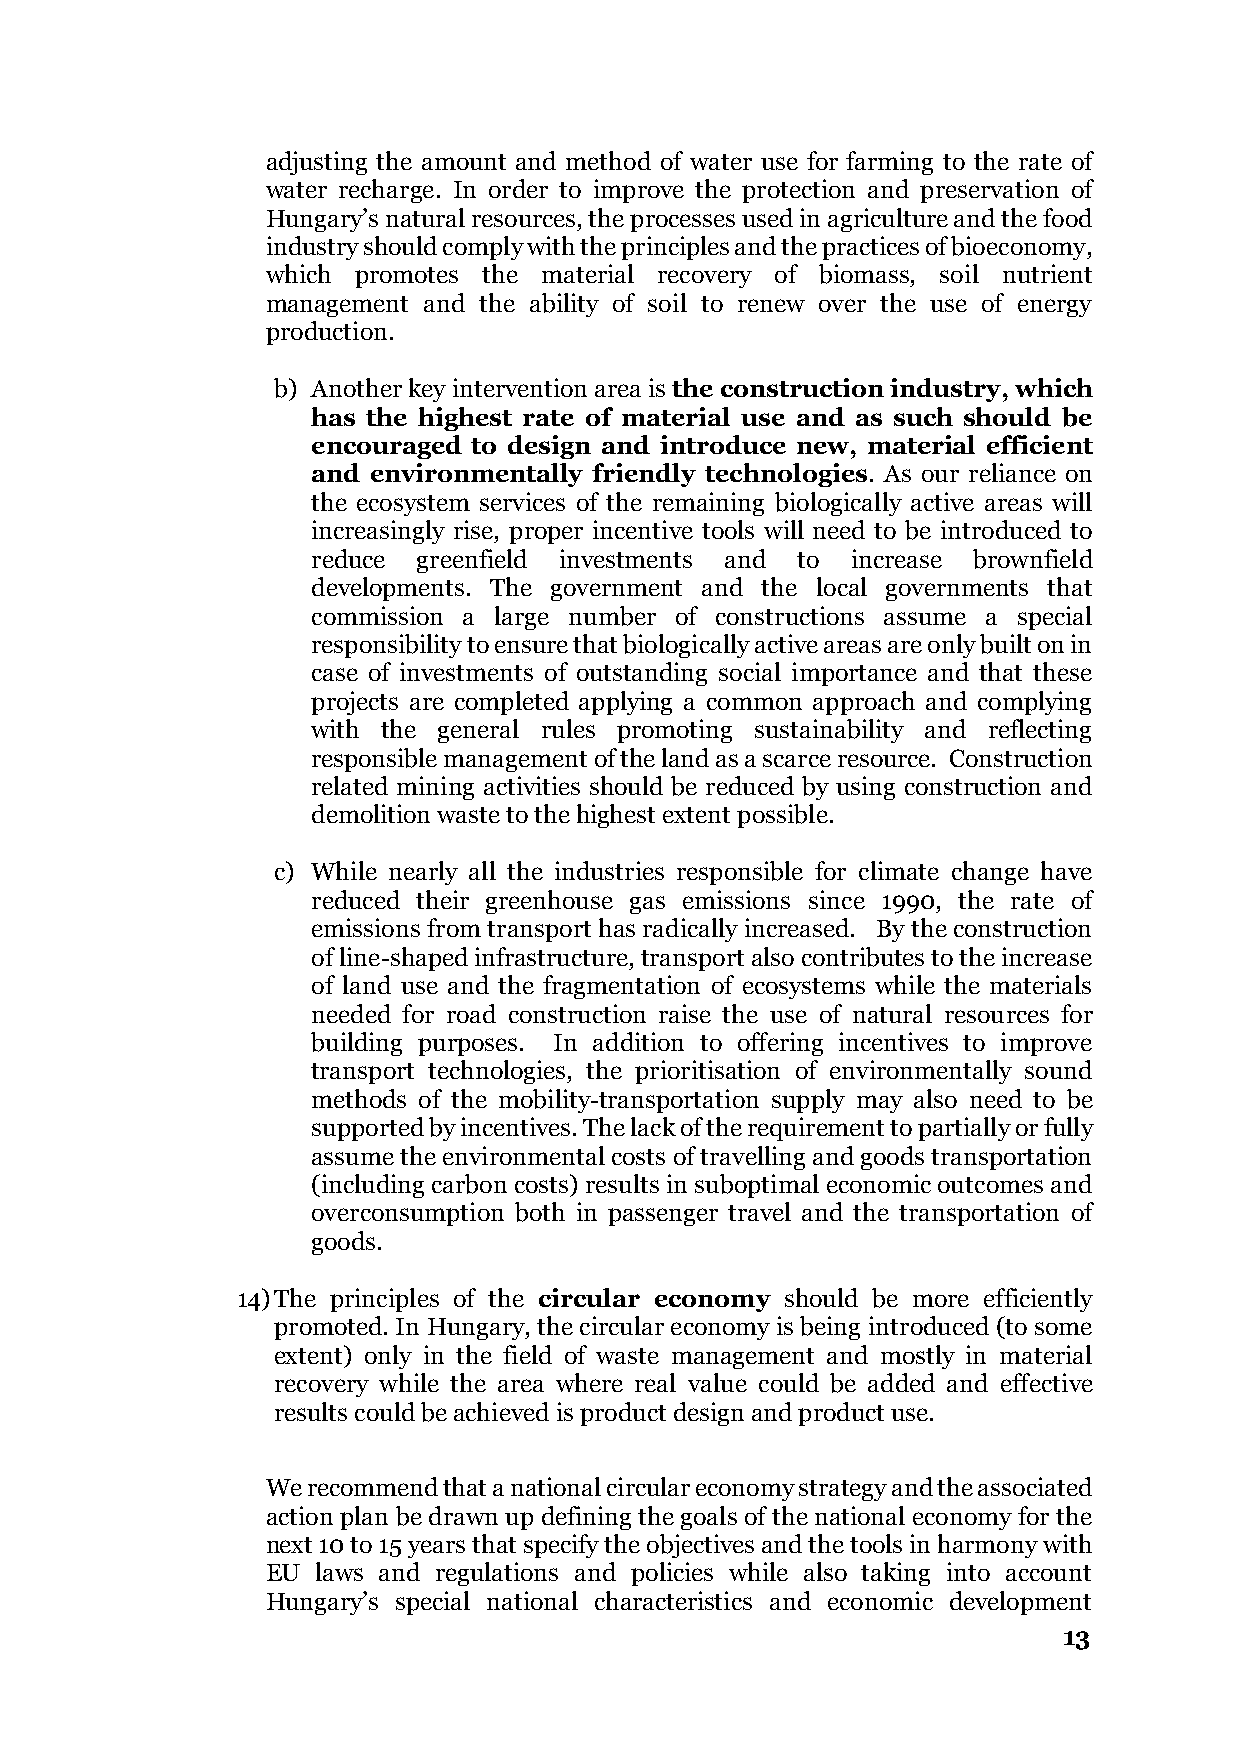
adjusting the amount and method of water use for farming to the rate of
 water recharge. In order to improve the protection and preservation of
 Hungary’s natural resources, the processes used in agriculture and the food
 industry should comply with the principles and the practices of bioeconomy,
 which promotes the material recovery of biomass, soil nutrient
 management and the ability of soil to renew over the use of energy
 production.
 b) Another key intervention area is the construction industry, which
 has the highest rate of material use and as such should be
 encouraged to design and introduce new, material efficient
 and environmentally friendly technologies. As our reliance on
 the ecosystem services of the remaining biologically active areas will
 increasingly rise, proper incentive tools will need to be introduced to
 reduce greenfield investments and to increase brownfield
 developments. The government and the local governments that
 commission a large number of constructions assume a special
 responsibility to ensure that biologically active areas are only built on in
 case of investments of outstanding social importance and that these
 projects are completed applying a common approach and complying
 with the general rules promoting sustainability and reflecting
 responsible management of the land as a scarce resource. Construction
 related mining activities should be reduced by using construction and
 demolition waste to the highest extent possible.
 c) While nearly all the industries responsible for climate change have
 reduced their greenhouse gas emissions since 1990, the rate of
 emissions from transport has radically increased. By the construction
 of line-shaped infrastructure, transport also contributes to the increase
 of land use and the fragmentation of ecosystems while the materials
 needed for road construction raise the use of natural resources for
 building purposes. In addition to offering incentives to improve
 transport technologies, the prioritisation of environmentally sound
 methods of the mobility-transportation supply may also need to be
 supported by incentives. The lack of the requirement to partially or fully
 assume the environmental costs of travelling and goods transportation
 (including carbon costs) results in suboptimal economic outcomes and
 overconsumption both in passenger travel and the transportation of
 goods.
 14) The principles of the circular economy should be more efficiently
 promoted. In Hungary, the circular economy is being introduced (to some
 extent) only in the field of waste management and mostly in material
 recovery while the area where real value could be added and effective
 results could be achieved is product design and product use.
 We recommend that a national circular economy strategy and the associated
 action plan be drawn up defining the goals of the national economy for the
 next 10 to 15 years that specify the objectives and the tools in harmony with
 EU laws and regulations and policies while also taking into account
 Hungary’s special national characteristics and economic development
 13